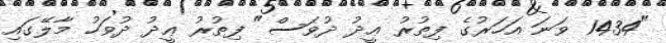
"1434 ވަނަ އަހަރުގެ ފިތުރު ޢީދު ދުވަސް" ފިތުރު ޢީދު ދުވަހު މާލޭގައި